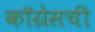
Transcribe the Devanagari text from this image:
कॉग्रेसची